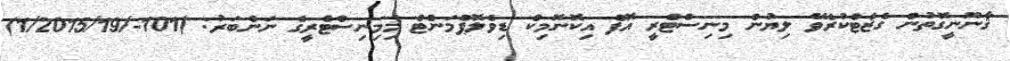
ޤާނޫނީގޮތުން ގެޒެޓްކުރެވޭ ލިޔުން މިނިސްޓްރީ އޮފް އިކޮނޮމިކް ޑިވެލޮޕްމަންޓް މިމިނިސްޓްރީގެ ނަންބަރު: )101-/1/2015/19)